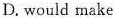
D. would make